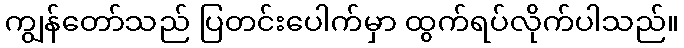
ကျွန်တော်သည် ပြတင်းပေါက်မှာ ထွက်ရပ်လိုက်ပါသည်။